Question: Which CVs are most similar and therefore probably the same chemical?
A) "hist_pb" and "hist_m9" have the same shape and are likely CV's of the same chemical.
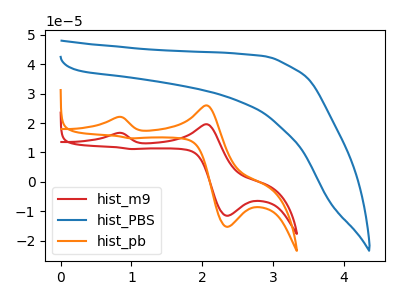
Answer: <think>The red curve "hist_m9" has anodic peaks at (0.80V, 16.60uA) (2.05V, 19.60uA) and cathodic peaks at (2.35V, -11.55uA) (1.00V, 11.15uA). The blue curve "hist_PBS" has no peaks. The orange curve "hist_pb" has anodic peaks at (0.80V, 22.05uA) (2.05V, 26.00uA) and cathodic peaks at (2.35V, -15.30uA) (1.00V, 14.80uA).
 "hist_m9" and "hist_PBS" have a different number of peaks. All the peaks in "hist_m9" have a peak in "hist_pb" at the same potential. "hist_PBS" and "hist_pb" have a different number of peaks.</think>
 <answer>A) "hist_pb" and "hist_m9" have the same shape and are likely CV's of the same chemical.</answer>
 <eval>A</eval>